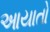
આયાતો